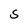
Character: S